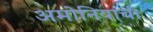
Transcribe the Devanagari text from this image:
अमोनियाची